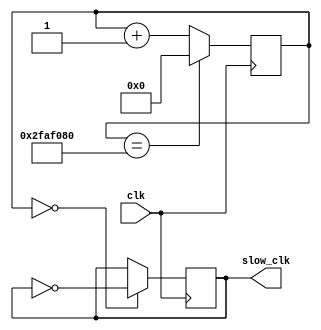
`timescale 1ns / 1ps
//////////////////////////////////////////////////////////////////////////////////
// Company: 
// Engineer: 
// 
// Design Name: 
// Module Name: clk_1hz_start1
// Project Name: 
// Target Devices: 
// Tool Versions: 
// Description: 
// 
// Dependencies: 
// 
// Revision:
// Revision 0.01 - File Created
// Additional Comments:
// 
//////////////////////////////////////////////////////////////////////////////////

// 100MHz -> 1Hz: 100 000 000 beats -> 50 000 000 counts
module clk_1hz_start1(
    input clk,
    output reg slow_clk = 1
    );
    
    // 26 bits counter 
    reg [25:0]counter_26bits = 1;
    
    always @(posedge clk)
    begin
        counter_26bits <= (counter_26bits == 50000000) ? 0 : counter_26bits + 1;
        
        slow_clk <= (counter_26bits == 0) ? ~slow_clk : slow_clk;
    end
endmodule